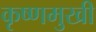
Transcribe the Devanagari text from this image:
कृष्णमुखी